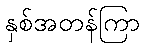
နှစ်အတန်ကြာ